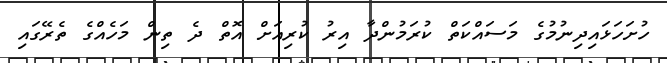
ހުށަހަޅައިދިނުމުގެ މަސައްކަތް ކުރަމުންދާ އިރު ކުރިއަށް އޮތް ދެ ތިން މަހެއްގެ ތެރޭގައި